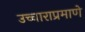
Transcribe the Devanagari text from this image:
उच्चाराप्रमाणे